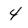
Character: 4